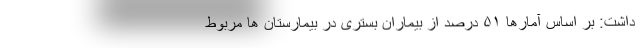
داشت: بر اساس آمارها ۵۱ درصد از بیماران بستری در بیمارستان ها مربوط